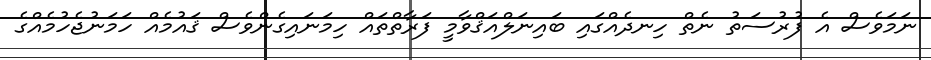
ނަމަވެސް އެ ފުރުސަތު ނެތް ހިނދެއްގައި ބައިނަލްއަޤްވާމީ ފަރާތްތައް ހިމަނައިގެންވެސް ޤައުމެއް ހަމަނުޖެހުމެއްގެ